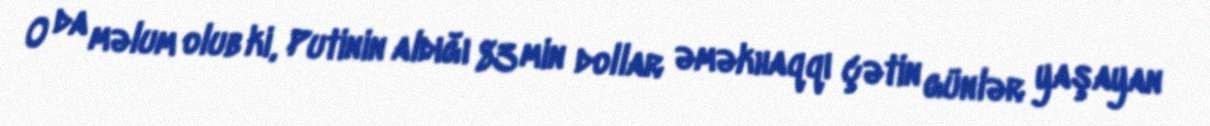
O da məlum olub ki, Putinin aldığı 83 min dollar əməkhaqqı çətin günlər yaşayan